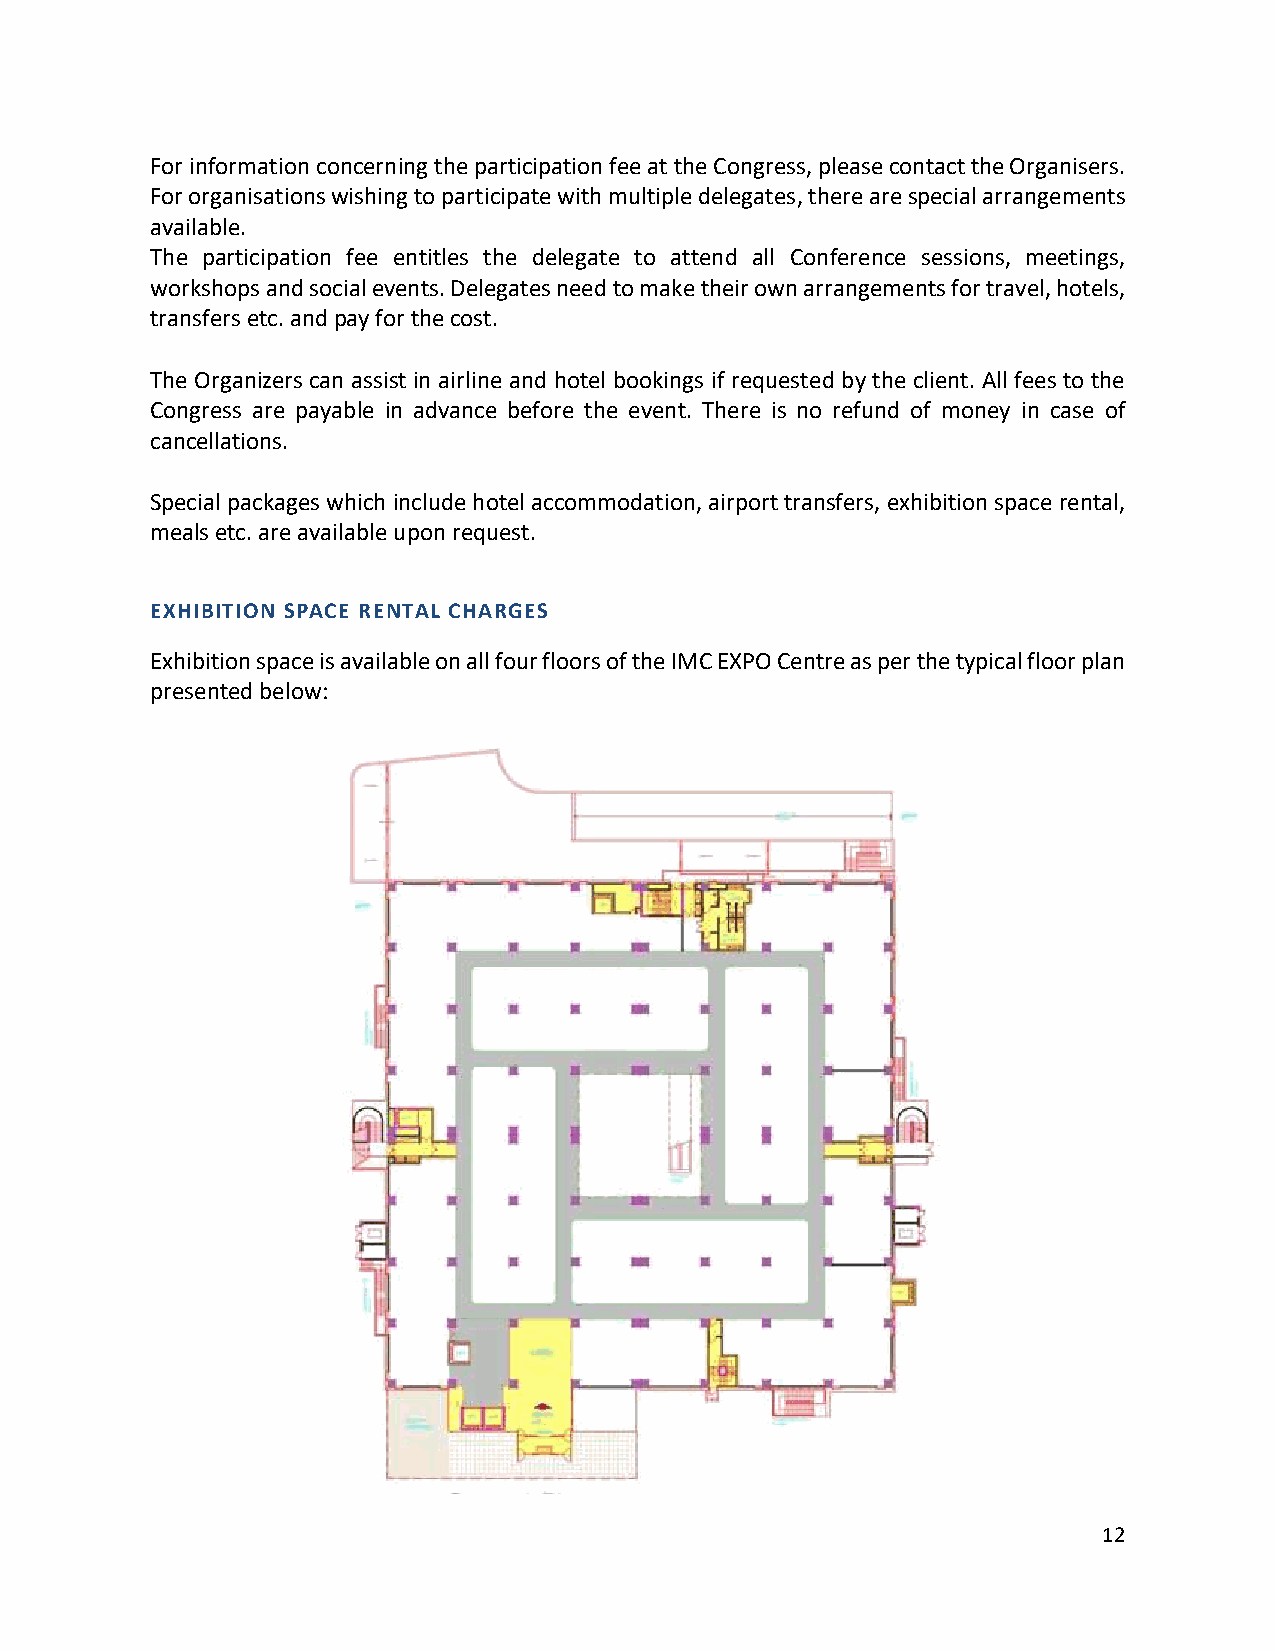
For information concerning the participation fee at the Congress, please contact the Organisers.
 For organisations wishing to participate with multiple delegates, there are special arrangements
 available.
 The participation fee entitles the delegate to attend all Conference sessions, meetings,
 workshops and social events. Delegates need to make their own arrangements for travel, hotels,
 transfers etc. and pay for the cost.
 The Organizers can assist in airline and hotel bookings if requested by the client. All fees to the
 Congress are payable in advance before the event. There is no refund of money in case of
 cancellations.
 Special packages which include hotel accommodation, airport transfers, exhibition space rental,
 meals etc. are available upon request.
 EXHIBITION SPACE RENTAL CHARGES
 Exhibition space is available on all four floors of the IMC EXPO Centre as per the typical floor plan
 presented below:
 12